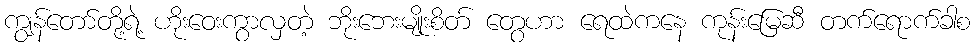
ကျွန်တော်တို့ရဲ့ ဟိုးဝေးကွာလှတဲ့ ဘိုးဘေးမျိုးစိတ် တွေဟာ ရေထဲကနေ ကုန်းမြေဆီ တက်ရောက်ခါစ